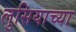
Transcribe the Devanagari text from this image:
लुसियाच्या